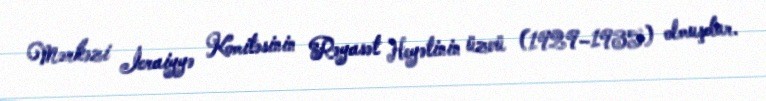
Mərkəzi İcraiyyə Komitəsinin Rəyasət Heyətinin üzvü (1929–1935) olmuşdur.